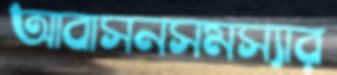
আবাসনসমস্যার